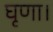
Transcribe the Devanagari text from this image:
घृणा।